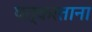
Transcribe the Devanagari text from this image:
पत्करताना